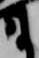
尉